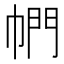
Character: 𪩴